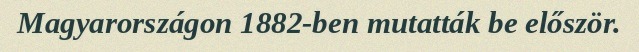
Magyarországon 1882-ben mutatták be először.